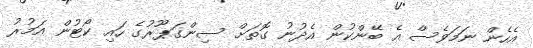
އެހެން ނަމަވެސް އެ ބޭންކުން އެދުނު ގޮތަށް ސިންގަޕޫރުގެ ހައި ކޯޓުން އަމުރު